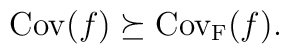
{\rm Cov}(f)\succeq{\rm Cov_F}(f) .